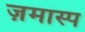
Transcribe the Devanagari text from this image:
ज़मास्प